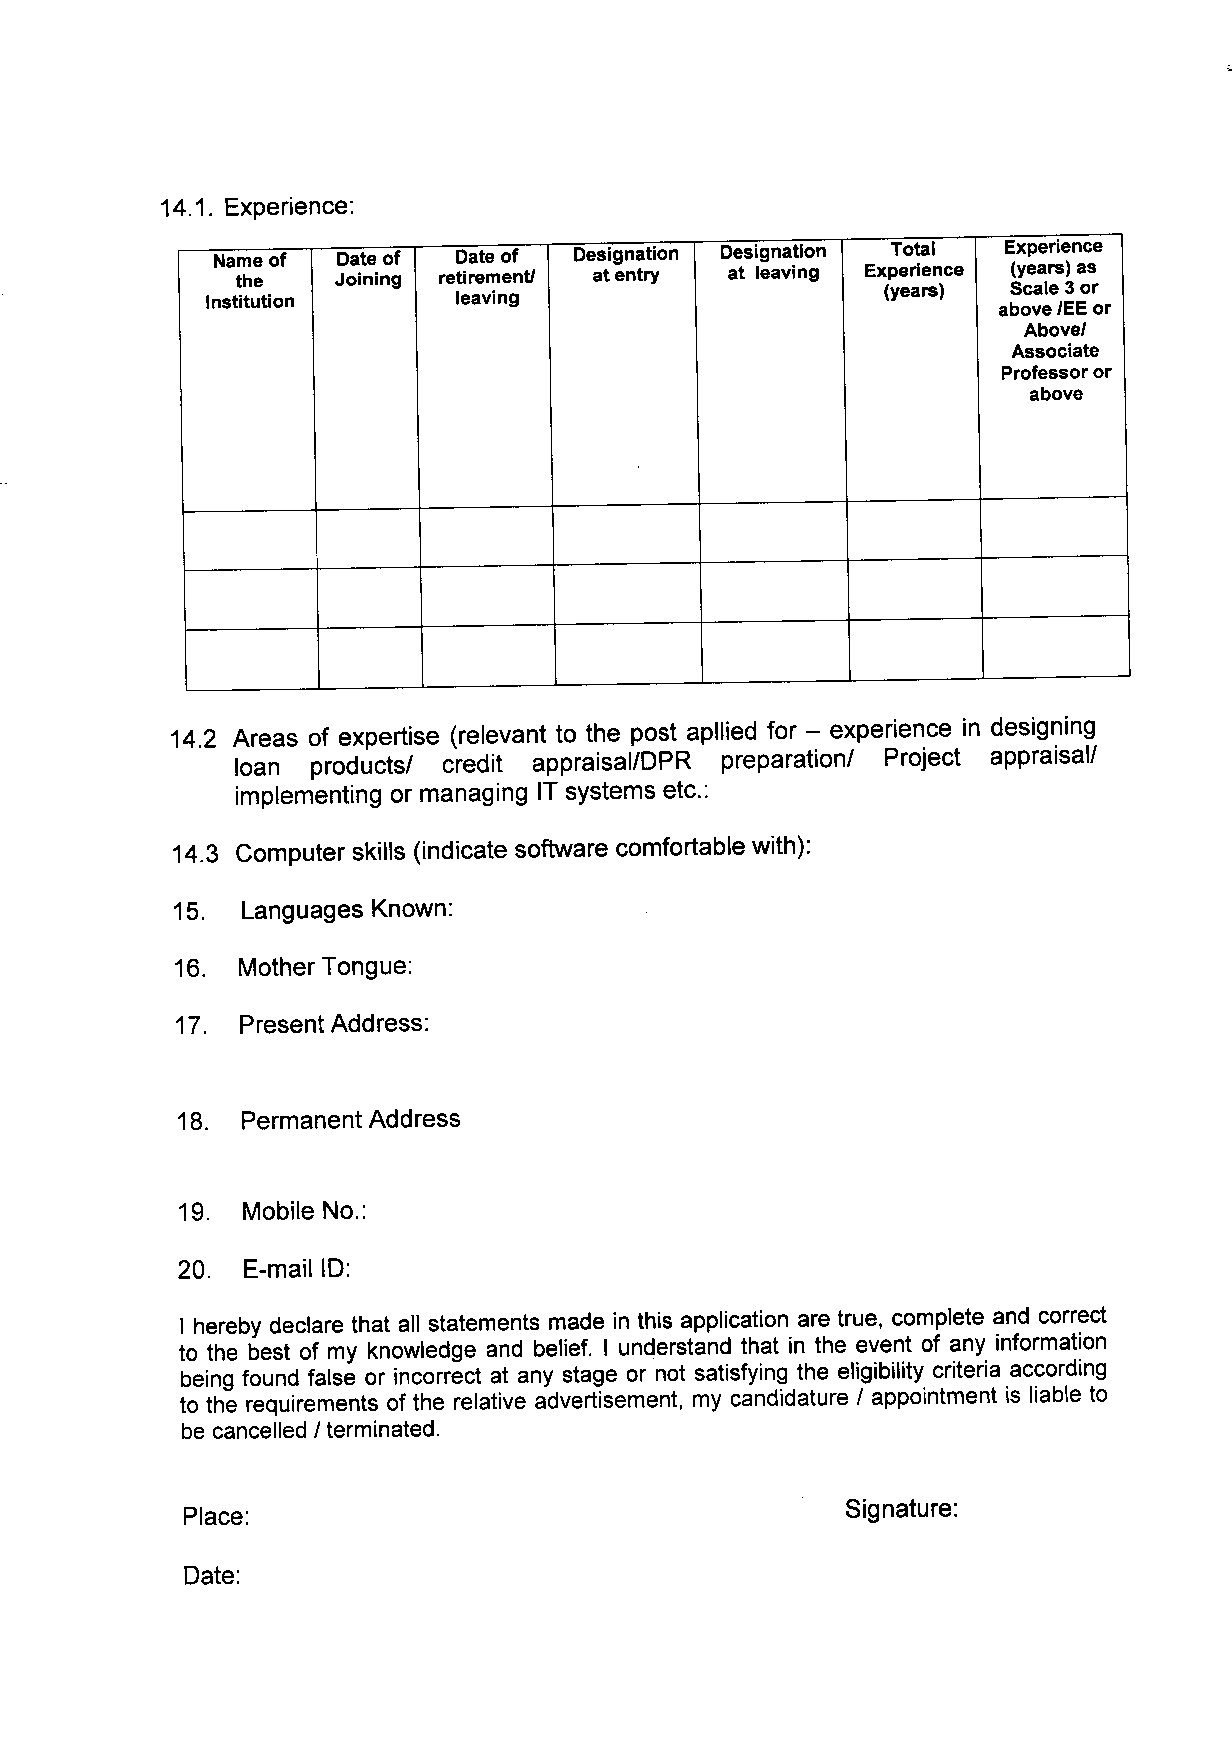
14.1. Experience:
 Nameof  Dateof  Dateof  Designation Designation Total Experience
 the   Joining retirement} atentry at leaving Experience (years)as
 (years) Scale3or
 Institution     leaving
 abovelEEor
 Abovel
 Associate
 Professor or
 above
 14.2 Areas of expertise (relevant to the post apllied for - experience in designing
 loan products! credit appraisal!DPR preparation! Project appraisal!
 implementing or managing IT systems etc.:
 14.3 Computer skills (indicate software comfortable with):
 15. Languages Known:
 16. Mother Tongue:
 17. Present Address:
 18. Permanent Address
 19. Mobile No.:
 20. E-mail 10:
 Iherebydeclare that all statements made in this application are true, complete and correct
 to the best of my knowledge and belief. I understand that in the event of any information
 beingfound false or incorrect at any stage or not satisfying the eligibility criteria according
 to the requirements of the relative advertisement, my candidature / appointment is liable to
 becancelled/terminated.
 Signature:
 Place:
 Date: